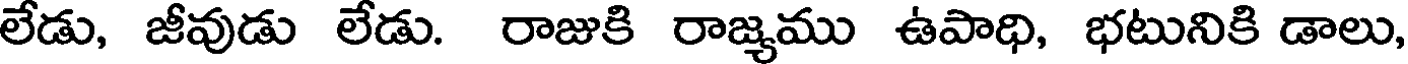
లేడు, జీవుడు లేడు. రాజుకి రాజ్యము ఉపాధి, భటునికి డాలు,